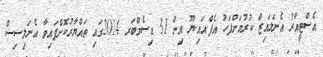
އެސްޓީއާރު އެނަލައިޒް ކުރުމަށްފަހު އެފް.އައި.ޔޫ އިން 31 ޑިސެމްބަރ 2014ގައި ތައްޔާރުކޮށްފައިވާ އެނަލިސިސް